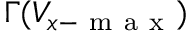
\Gamma ( V _ { x - \mathrm { ~ m ~ a ~ x ~ } } )